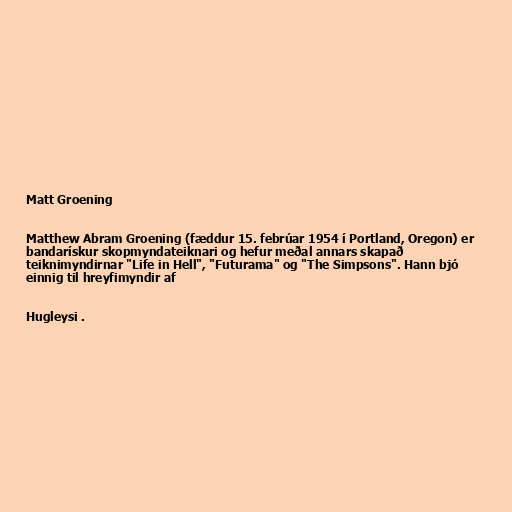
Matt Groening

Matthew Abram Groening (fæddur 15. febrúar 1954 í Portland, Oregon) er
bandarískur skopmyndateiknari og hefur meðal annars skapað
teiknimyndirnar "Life in Hell", "Futurama" og "The Simpsons". Hann bjó
einnig til hreyfimyndir af

Hugleysi .